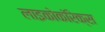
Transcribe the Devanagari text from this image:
लाइकोकॉरेक्स